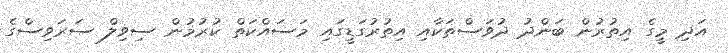
އަދި މީގެ އިތުރުން ބަންދު ދުވަސްތަކާއި އިތުރުގަޑީގައި މަސައްކަތް ކުރުމުން ސިވިލް ސަރަވިސްގެ